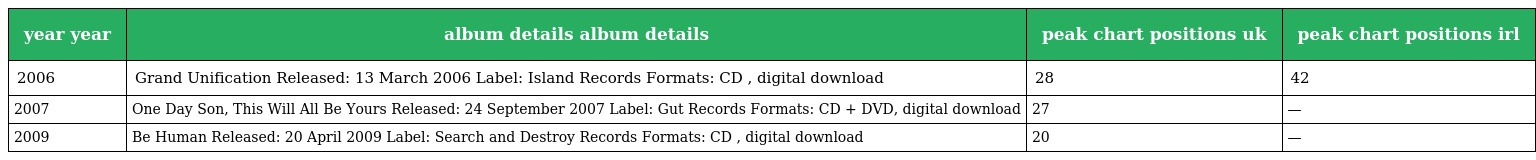
| year year | album details album details | peak chart positions uk | peak chart positions irl |
 | --- | --- | --- | --- |
 | 2006 | Grand Unification Released: 13 March 2006 Label: Island Records Formats: CD , digital download | 28 | 42 |
 | 2007 | One Day Son, This Will All Be Yours Released: 24 September 2007 Label: Gut Records Formats: CD + DVD, digital download | 27 | — |
 | 2009 | Be Human Released: 20 April 2009 Label: Search and Destroy Records Formats: CD , digital download | 20 | — |